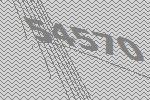
54570